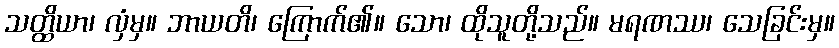
သတ္ထိယာ၊ လှံမှ။ ဘာယတိ၊ ကြောက်၏။ သော၊ ထိုသူတို့သည်။ မရဏဿ၊ သေခြင်းမှ။